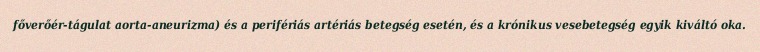
főverőér-tágulat aorta-aneurizma) és a perifériás artériás betegség esetén, és a krónikus vesebetegség egyik kiváltó oka.